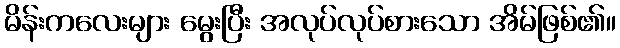
မိန်းကလေးများ မွေးပြီး အလုပ်လုပ်စားသော အိမ်ဖြစ်၏။